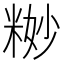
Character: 𱹉